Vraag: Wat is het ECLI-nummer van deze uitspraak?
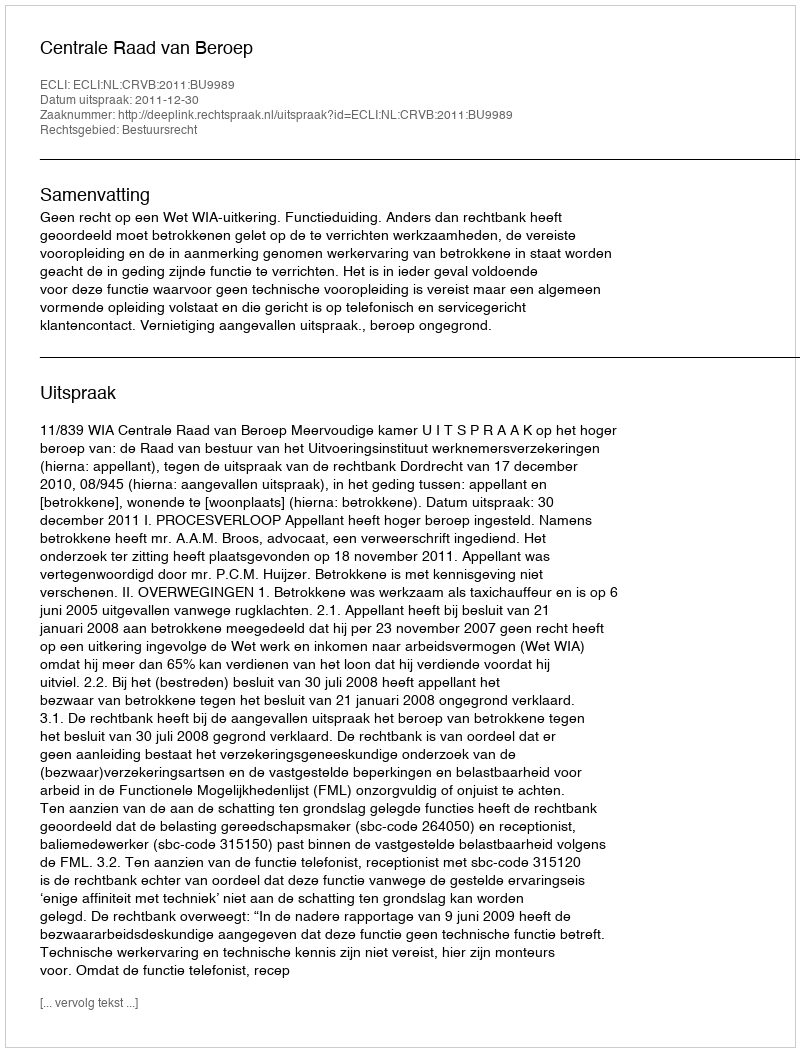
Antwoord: ECLI:NL:CRVB:2011:BU9989